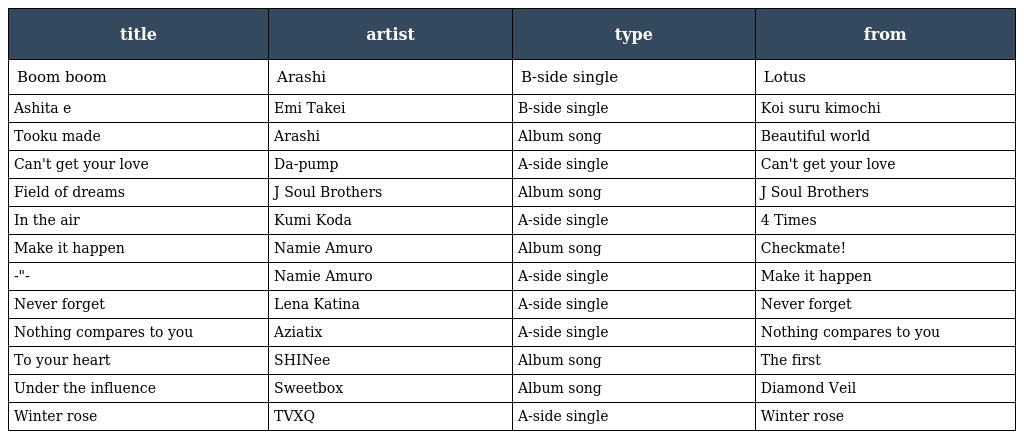
| title | artist | type | from |
 | --- | --- | --- | --- |
 | Boom boom | Arashi | B-side single | Lotus |
 | Ashita e | Emi Takei | B-side single | Koi suru kimochi |
 | Tooku made | Arashi | Album song | Beautiful world |
 | Can't get your love | Da-pump | A-side single | Can't get your love |
 | Field of dreams | J Soul Brothers | Album song | J Soul Brothers |
 | In the air | Kumi Koda | A-side single | 4 Times |
 | Make it happen | Namie Amuro | Album song | Checkmate! |
 | -"- | Namie Amuro | A-side single | Make it happen |
 | Never forget | Lena Katina | A-side single | Never forget |
 | Nothing compares to you | Aziatix | A-side single | Nothing compares to you |
 | To your heart | SHINee | Album song | The first |
 | Under the influence | Sweetbox | Album song | Diamond Veil |
 | Winter rose | TVXQ | A-side single | Winter rose |